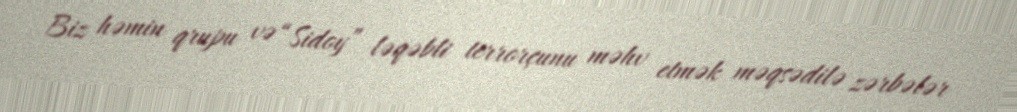
Biz həmin qrupu və “Sidoy” ləqəbli terrorçunu məhv etmək məqsədilə zərbələr